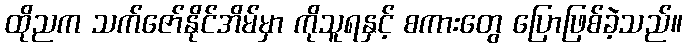
ထိုညက သက်ဇော်နိုင်အိမ်မှာ ကိုသူရနှင့် စကားတွေ ပြောဖြစ်ခဲ့သည်။